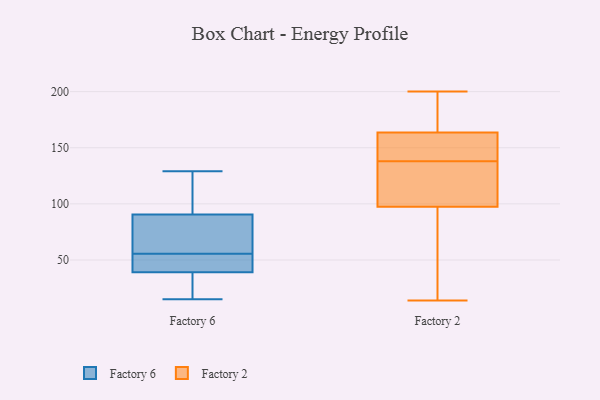
{"axis": {"x": "Inventory Turnover", "y": "Value"}, "legend": ["Factory 2", "Factory 6"], "data": [{"x": "", "y": 129, "type": "Factory 6"}, {"x": "", "y": 96, "type": "Factory 6"}, {"x": "", "y": 83, "type": "Factory 6"}, {"x": "", "y": 41, "type": "Factory 6"}, {"x": "", "y": 15, "type": "Factory 6"}, {"x": "", "y": 42, "type": "Factory 6"}, {"x": "", "y": 76, "type": "Factory 6"}, {"x": "", "y": 51, "type": "Factory 6"}, {"x": "", "y": 60, "type": "Factory 6"}, {"x": "", "y": 37, "type": "Factory 6"}, {"x": "", "y": 128, "type": "Factory 6"}, {"x": "", "y": 28, "type": "Factory 6"}, {"x": "", "y": 121, "type": "Factory 6"}, {"x": "", "y": 51, "type": "Factory 6"}, {"x": "", "y": 85, "type": "Factory 6"}, {"x": "", "y": 37, "type": "Factory 6"}, {"x": "", "y": 158, "type": "Factory 2"}, {"x": "", "y": 97, "type": "Factory 2"}, {"x": "", "y": 148, "type": "Factory 2"}, {"x": "", "y": 138, "type": "Factory 2"}, {"x": "", "y": 66, "type": "Factory 2"}, {"x": "", "y": 98, "type": "Factory 2"}, {"x": "", "y": 71, "type": "Factory 2"}, {"x": "", "y": 111, "type": "Factory 2"}, {"x": "", "y": 19, "type": "Factory 2"}, {"x": "", "y": 158, "type": "Factory 2"}, {"x": "", "y": 108, "type": "Factory 2"}, {"x": "", "y": 176, "type": "Factory 2"}, {"x": "", "y": 183, "type": "Factory 2"}, {"x": "", "y": 178, "type": "Factory 2"}, {"x": "", "y": 14, "type": "Factory 2"}, {"x": "", "y": 138, "type": "Factory 2"}, {"x": "", "y": 200, "type": "Factory 2"}, {"x": "", "y": 128, "type": "Factory 2"}, {"x": "", "y": 155, "type": "Factory 2"}, {"x": "", "y": 169, "type": "Factory 2"}]}